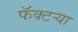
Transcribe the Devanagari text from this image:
फॅक्टऱ्या